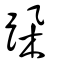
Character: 跺